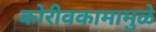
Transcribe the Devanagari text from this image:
कोरीवकामामुळे